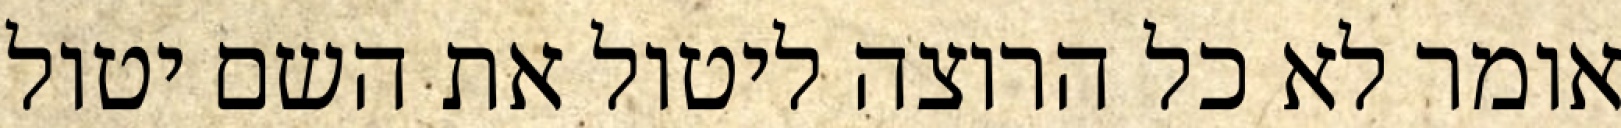
אומר לא כל הרוצה ליטול את השם יטול